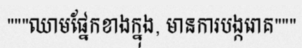
"""ឈាមផ្នែកខាងក្នុង, មានការបង្ករោគ"""